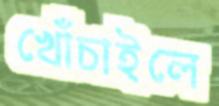
খোঁচাইলে